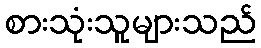
စားသုံးသူများသည်